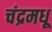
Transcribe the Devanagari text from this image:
चंद्रमधू